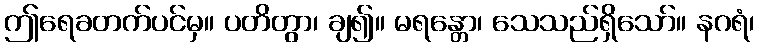
ဤရေခတက်ပင်မှ။ ပတိတွာ၊ ချ၍။ မရန္တော၊ သေသည်ရှိသော်။ နဂရံ၊